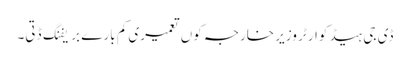
ڈی جی ہیڈ کوارٹر وزیر خارجہ کوں تعمیری کم بارے بریفنگ ڈتی۔